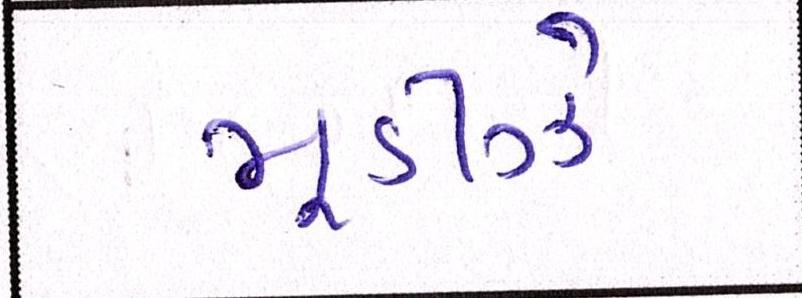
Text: મૂડીઝે